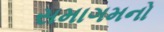
સમાગમનો